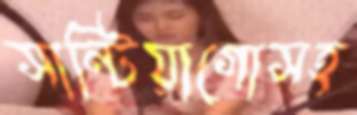
সান্টিয়াগোসহ